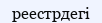
реестрдегі